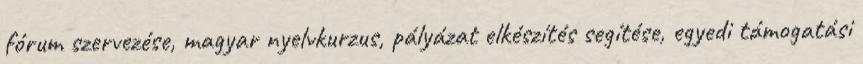
fórum szervezése, magyar nyelvkurzus, pályázat elkészítés segítése, egyedi támogatási